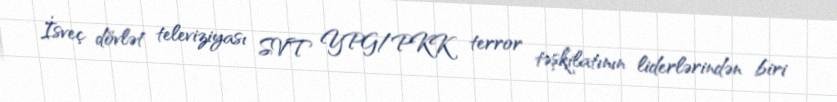
İsveç dövlət televiziyası SVT YPG/PKK terror təşkilatının liderlərindən biri